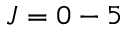
J = 0 - 5